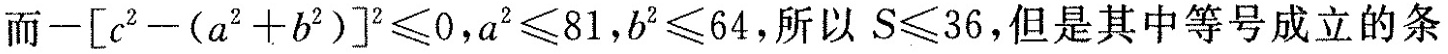
而$$- [c ^ { 2 } - (a ^ { 2 } + b ^ { 2 } ) ] ^ { 2 } ≤ 0$$，$$a ^ { 2 } ≤ 8 1$$，$$b ^ { 2 } ≤ 6 4$$，所以$$S ≤ 3 6$$，但是其中等号成立的条